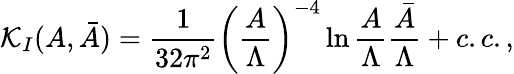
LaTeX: {\cal K}_{I}(A,\bar{A})={\frac{1}{32\pi^{2}}}\left({\frac{A}{\Lambda}}\right)^{-4}\ln{\frac{A}{\Lambda}}{\frac{\bar{A}}{\Lambda}}+c.c.,